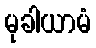
မုခါယာမံ